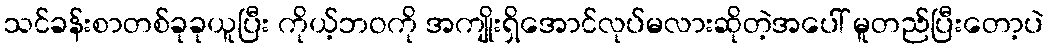
သင်ခန်းစာတစ်ခုခုယူပြီး ကိုယ့်ဘဝကို အကျိုးရှိအောင်လုပ်မလားဆိုတဲ့အပေါ် မူတည်ပြီးတော့ပဲ